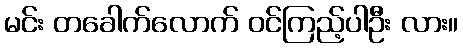
မင်း တခေါက်လောက် ဝင်ကြည့်ပါဦး လား။